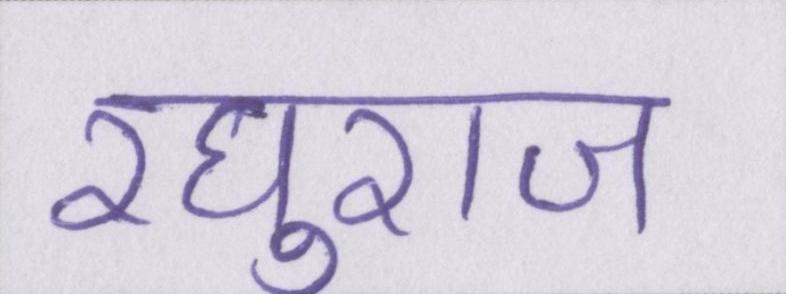
रघुराज